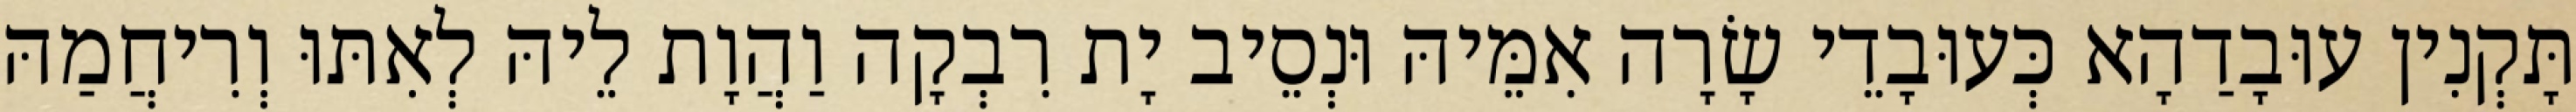
תָּקְנִין עוּבָדַהָא כְּעוּבָדֵי שָׂרָה אִמֵּיהּ וּנְסֵיב יָת רִבְקָה וַהֲוָת לֵיהּ לְאִתּוּ וְרִיחֲמַהּ